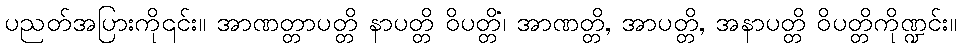
ပညတ်အပြားကို၎င်း။ အာဏတ္တာပတ္တိ နာပတ္တိ ဝိပတ္တိံ၊ အာဏတ္တိ, အာပတ္တိ, အနာပတ္တိ ဝိပတ္တိကိုဏ္ဍင်း။